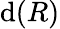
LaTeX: \mathrm{d}(R)